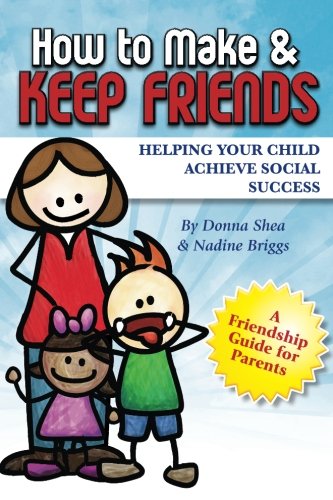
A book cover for How to Make & Keep Friends: Helping Your Child Achieve Social Success (Volume 2); Donna Shea; Self-Help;